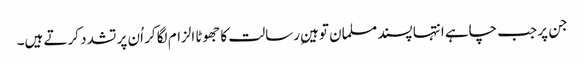
جن پر جب چاہے انتہا پسند مسلمان توہینِ رسالت کا جھوٹا الزام لگا کر اُن پر تشدد کرتے ہیں۔